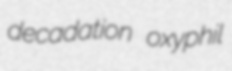
decadation oxyphil